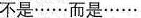
不是……而是……